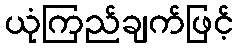
ယုံကြည်ချက်ဖြင့်